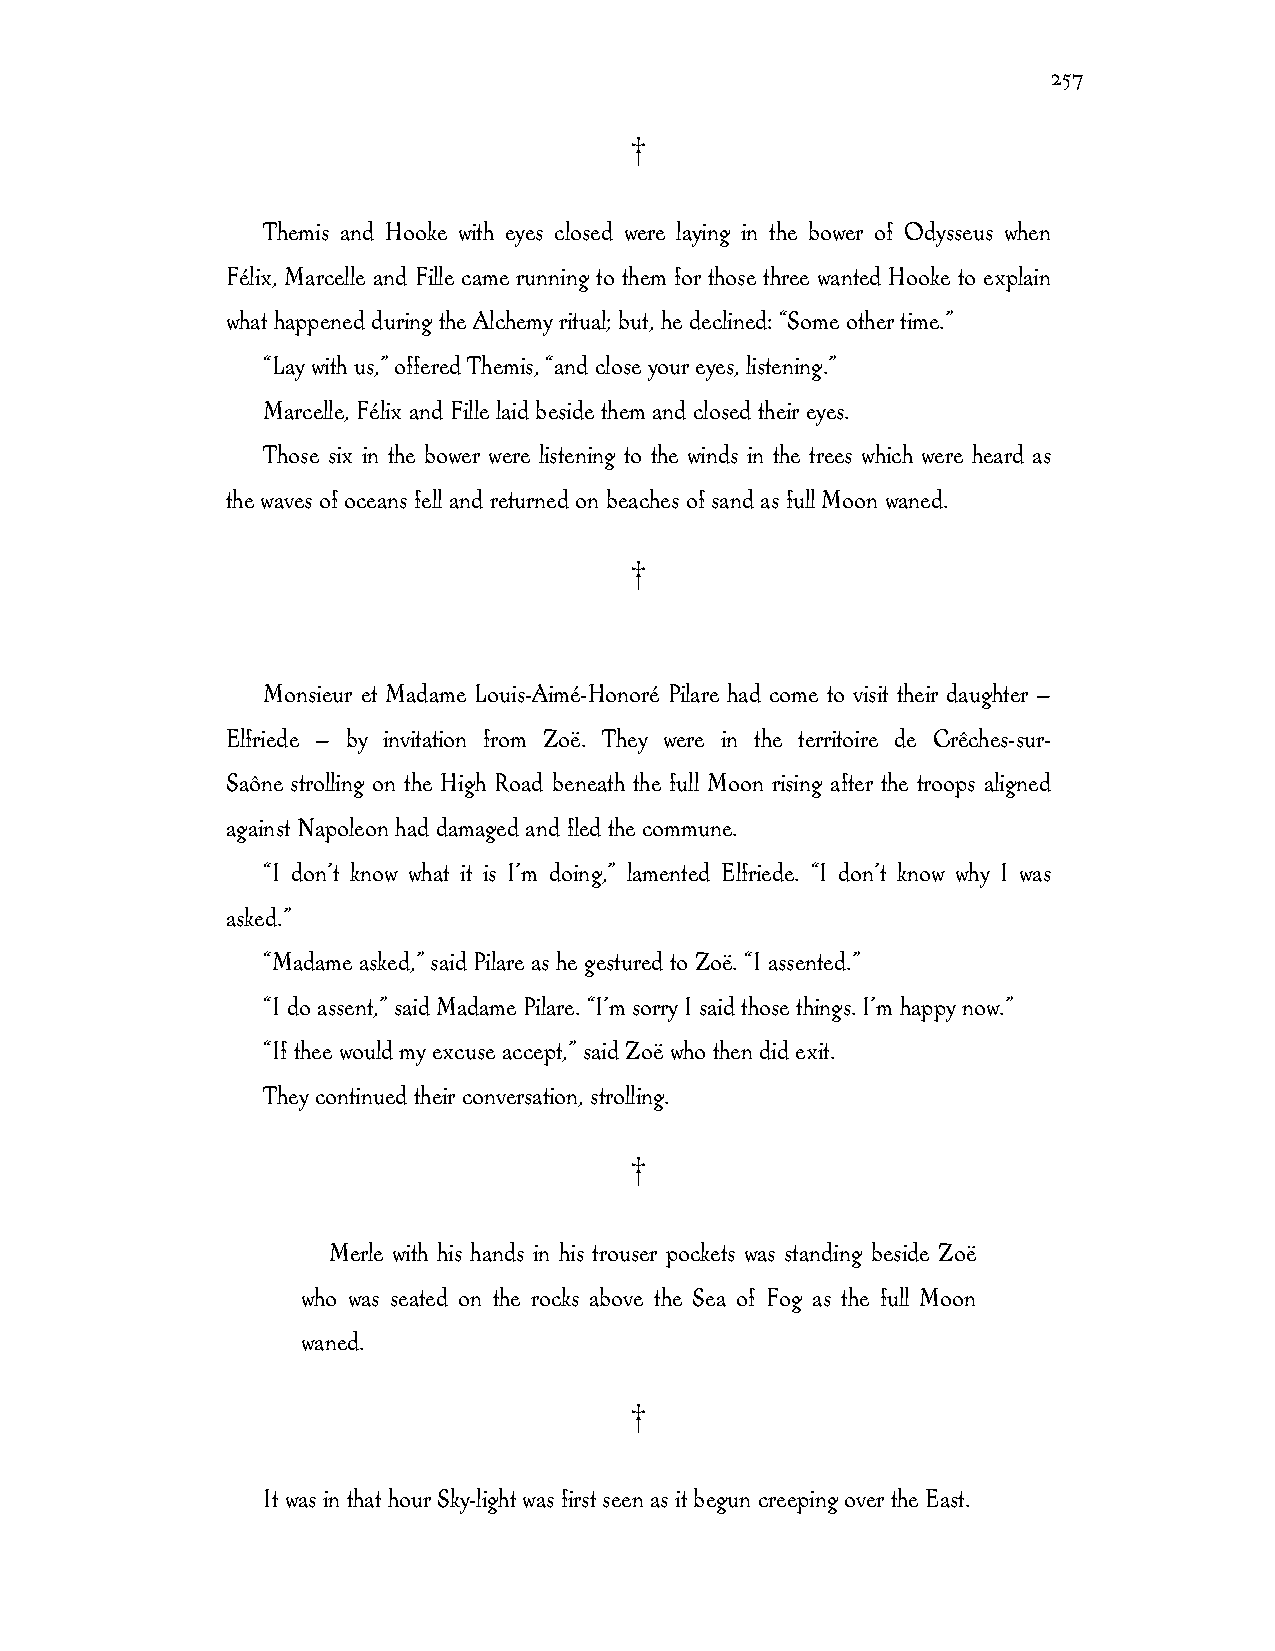
257
 †
 Themis and Hooke with eyes closed were laying in the bower of Odysseus when
 Félix, Marcelle and Fille came running to them for those three wanted Hooke to explain
 what happened during the Alchemy ritual; but, he declined: “Some other time.”
 “Lay with us,” offered Themis, “and close your eyes, listening.”
 Marcelle, Félix and Fille laid beside them and closed their eyes.
 Those six in the bower were listening to the winds in the trees which were heard as
 the waves of oceans fell and returned on beaches of sand as full Moon waned.
 †
 Monsieur et Madame Louis-Aimé-Honoré Pilare had come to visit their daughter —
 Elfriede — by invitation from Zoë. They were in the territoire de Crêches-sur-
 Saône strolling on the High Road beneath the full Moon rising after the troops aligned
 against Napoleon had damaged and fled the commune.
 “I don’t know what it is I’m doing,” lamented Elfriede. “I don’t know why I was
 asked.”
 “Madame asked,” said Pilare as he gestured to Zoë. “I assented.”
 “I do assent,” said Madame Pilare. “I’m sorry I said those things. I’m happy now.”
 “If thee would my excuse accept,” said Zoë who then did exit.
 They continued their conversation, strolling.
 †
 Merle with his hands in his trouser pockets was standing beside Zoë
 who was seated on the rocks above the Sea of Fog as the full Moon
 waned.
 †
 It was in that hour Sky-light was first seen as it begun creeping over the East.